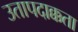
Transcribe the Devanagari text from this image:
उतापदाक्कता